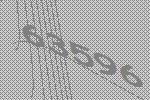
63596